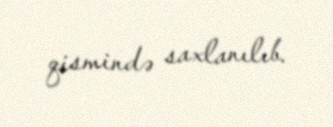
qismində saxlanılıb.